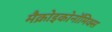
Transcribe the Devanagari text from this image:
मैक्रोइकोनॉमिक्स